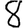
Digit: 8